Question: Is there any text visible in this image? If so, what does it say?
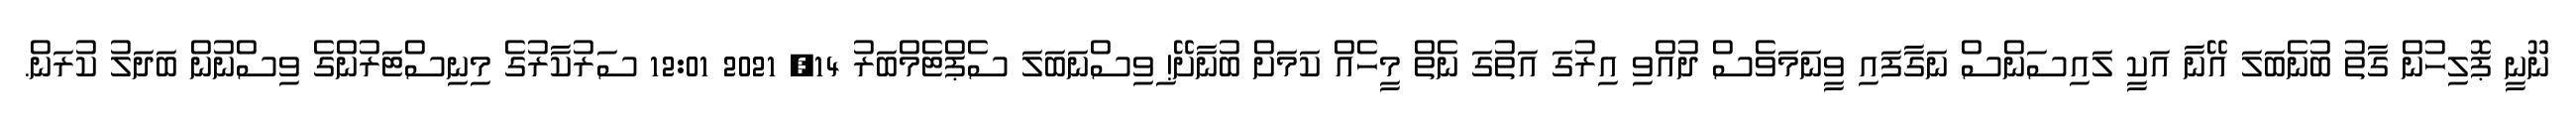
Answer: ނޫނީ ޕޮލިހުން ގާތު ބުނެބަލަ އޭނާ އަކީ ލައިސަންސް ނަގާފައި ވީނަމަވެސް ދުއްވި އިރުގަ އަތުގަ ނެތް މީހެއް ކަމަށް ބުނާށޭ! ިވިސްނަބަލަ ސެޕްޓެމްބަރު 14, 2021 12:01 ސަރުކާރުގެ މިނިސްޓަރުންގެ ވިސްނުން ބަދަލު ކުރަން.